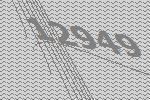
12949